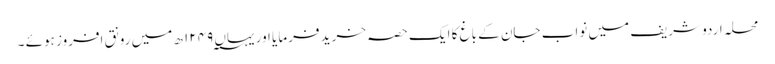
محلہ اردو شریف میں نواب جان کے باغ کا ایک حصہ خرید فرمایا اور یہاں ۱۲۴۹؁ ھ میں رونق افروز ہوئے ۔